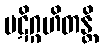
ပဋိဂ္ဂဟိတန္တိ